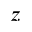
z